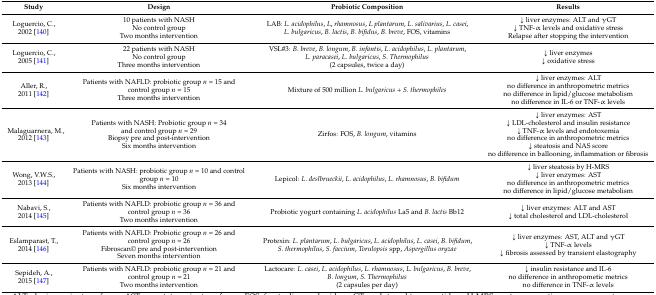
<table><thead><tr><td><b>Study</b></td><td><b>Design</b></td><td><b>Probiotic Composition</b></td><td><b>Results</b></td></tr></thead><tbody><tr><td>Loguercio, C., 2002 [140]</td><td>10 patients with NASH No control group Two months intervention</td><td>LAB: <i>L. acidophilus</i>, <i>L</i>, <i>rhamnosus</i>, <i>L plantarum</i>, <i>L. salivarius</i>, <i>L. casei</i>, <i>L. bulgaricus</i>, <i>B. lactis</i>, <i>B. bifidus</i>, <i>B. breve</i>, FOS, vitamins</td><td>↓ liver enzymes: ALT and γGT ↓ TNF-α levels and oxidative stress Relapse after stopping the intervention</td></tr><tr><td>Loguercio, C., 2005 [141]</td><td>22 patients with NASH No control group Three months intervention</td><td>VSL#3: <i>B. breve</i>, <i>B. longum</i>, <i>B. infantis</i>, <i>L. acidophilus</i>, <i>L. plantarum</i>, <i>L. paracasei</i>, <i>L. bulgaricus</i>, <i>S. Thermophilus</i>(2 capsules, twice a day)</td><td>↓ liver enzymes ↓ oxidative stress</td></tr><tr><td>Aller, R., 2011 [142]</td><td>Patients with NAFLD: probiotic group <i>n</i> = 15 and control group <i>n</i> = 15 Three months intervention</td><td>Mixture of 500 million <i>L. bulgaricus</i> + <i>S. thermophiles</i></td><td>↓ liver enzymes: ALT no difference in anthropometric metrics no difference in lipid/glucose metabolism no difference in IL-6 or TNF-α levels</td></tr><tr><td>Malaguarnera, M., 2012 [143]</td><td>Patients with NASH: Probiotic group <i>n</i> = 34 and control group <i>n</i> = 29 Biopsy pre and post-intervention Six months intervention</td><td>Zirfos: FOS, <i>B. longum</i>, vitamins</td><td>↓ liver enzymes: AST ↓ LDL-cholesterol and insulin resistance ↓ TNF-α levels and endotoxemia no difference in anthropometric metrics ↓ steatosis and NAS score no difference in ballooning, inflammation or fibrosis</td></tr><tr><td>Wong, V.W.S., 2013 [144]</td><td>Patients with NASH: probiotic group <i>n</i> = 10 and control group <i>n</i> = 10 Six months intervention</td><td>Lepicol: <i>L. deslbrueckii</i>, <i>L. acidophilus</i>, <i>L. rhamnosus</i>, <i>B. bifidum</i></td><td>↓ liver steatosis by H-MRS ↓ liver enzymes: AST no difference in anthropometric metrics no difference in lipid/glucose metabolism</td></tr><tr><td>Nabavi, S., 2014 [145]</td><td>Patients with NAFLD: probiotic group <i>n</i> = 36 and control group <i>n</i> = 36 Two months intervention</td><td>Probiotic yogurt containing <i>L. acidophilus</i> La5 and <i>B. lactis</i> Bb12</td><td>↓ liver enzymes: ALT and AST ↓ total cholesterol and LDL-cholesterol</td></tr><tr><td>Eslamparast, T., 2014 [146]</td><td>Patients with NAFLD: Probiotic group <i>n</i> = 26 and control group <i>n</i> = 26 Fibroscan© pre and post-intervention Seven months intervention</td><td>Protexin: <i>L. plantarum</i>, <i>L. bulgaricus</i>, <i>L. acidophilus</i>, <i>L. casei</i>, <i>B. bifidum</i>, <i>S. thermophilus</i>, <i>S. faecium</i>, <i>Torulopsis</i> spp, <i>Aspergillus oryzae</i></td><td>↓ liver enzymes: AST, ALT and γGT ↓ TNF-α levels ↓ fibrosis assessed by transient elastography</td></tr><tr><td>Sepideh, A., 2015 [147]</td><td>Patients with NAFLD: probiotic group <i>n</i> = 21 and control group <i>n</i> = 21 Two months intervention</td><td>Lactocare: <i>L. casei</i>, <i>L. acidophilus</i>, <i>L. rhamnosus</i>, <i>L. bulgaricus</i>, <i>B. breve</i>, <i>B. longum</i>, <i>S. Thermophilus</i>(2 capsules per day)</td><td>↓ insulin resistance and IL-6 no difference in anthropometic metrics no difference in TNF-α levels</td></tr></tbody></table>